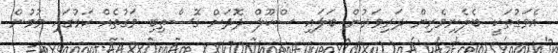
އެވަގުތަކީ ބެލެނިވެރިން ދަރިވަރުން ބަލައި ސްކޫލް ދޮދަށް ގޮސްތިބި ވަގުތެއް ކަމުގައި ވުމުން